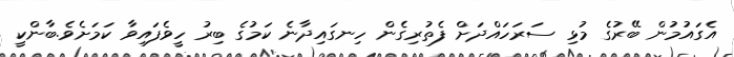
އެގައުމުން ބޭރުގެ މުޅި ސަރަހައްދަށް ފެތުރިގެން ހިނގައިދާނެ ކަމުގެ ބިރު ހީވެފައިވާ ކަމަށެވެ.ބާންކީ